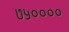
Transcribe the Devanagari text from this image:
७५००००